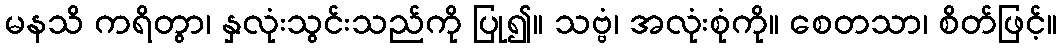
မနသိ ကရိတွာ၊ နှလုံးသွင်းသည်ကို ပြု၍။ သဗ္ဗံ၊ အလုံးစုံကို။ စေတသာ၊ စိတ်ဖြင့်။